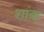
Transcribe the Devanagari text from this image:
शांक